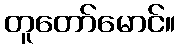
တူတော်မောင်။